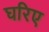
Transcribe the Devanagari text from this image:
घरिए